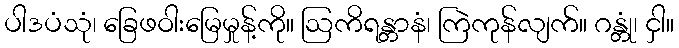
ပါဒပံသုံ၊ ခြေဖဝါးမြေမှုန့်ကို။ ဩကိရန္တာနံ၊ ကြဲကုန်လျက်။ ဂန္တုံ၊ ငှါ။